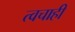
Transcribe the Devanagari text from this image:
त्वचाही